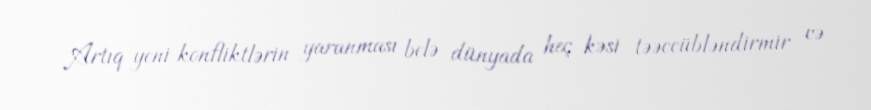
Artıq yeni konfliktlərin yaranması belə dünyada heç kəsi təəccübləndirmir və